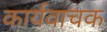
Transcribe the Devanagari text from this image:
कार्यवाचक